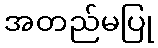
အတည်မပြု